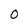
Character: 0